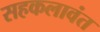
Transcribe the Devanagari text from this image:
सहकलावंत